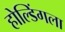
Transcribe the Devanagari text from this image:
होल्डिंगला